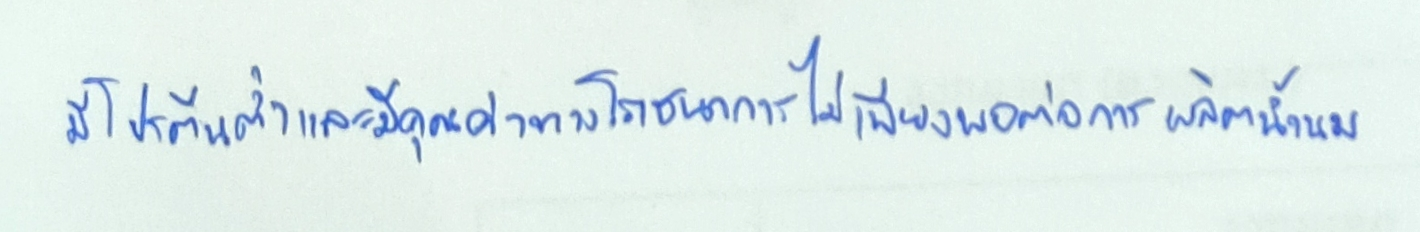
มีโปรตีนต่ำและมีคุณค่าทางโภชนาการไม่เพียงพอต่อการผลิตน้ำนม